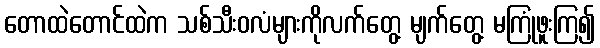
တောထဲတောင်ထဲက သစ်သီးဝလံများကိုလက်တွေ့ မျက်တွေ့ မကြုံဖူးကြ၍